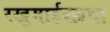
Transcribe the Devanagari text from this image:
रखुमाईवल्लभा